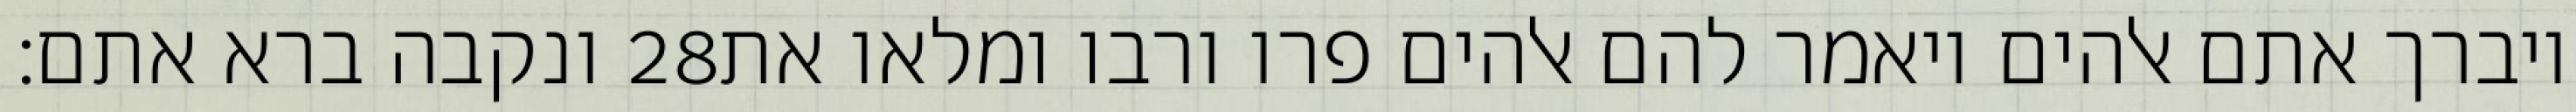
ונקבה ברא אתם׃ ‎28‏ ויברך אתם אלהים ויאמר להם אלהים פרו ורבו ומלאו את